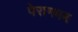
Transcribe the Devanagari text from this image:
पेरागमम